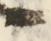
候